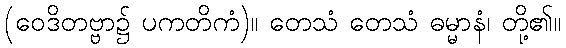
(ဝေဒိတဗ္ဗာ၌ ပကတိကံ)။ တေသံ တေသံ ဓမ္မာနံ၊ တို့၏။